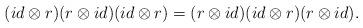
LaTeX: \begin{align*}(id\otimes r) (r\otimes id) (id\otimes r)=(r\otimes id) (id\otimes r) (r\otimes id).\end{align*}